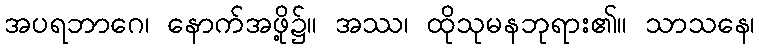
အပရဘာဂေ၊ နောက်အဖို့၌။ အဿ၊ ထိုသုမနဘုရား၏။ သာသနေ၊